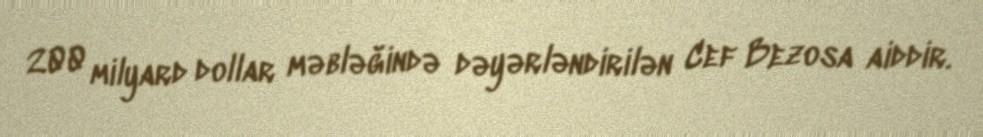
200 milyard dollar məbləğində dəyərləndirilən Cef Bezosa aiddir.